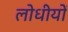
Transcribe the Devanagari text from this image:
लोधीयों